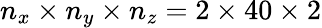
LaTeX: n_{x}\times n_{y}\times n_{z}=2\times 40\times 2